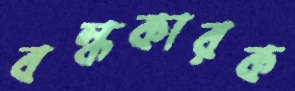
বন্ধকারক